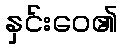
နှင်းဝေ၏